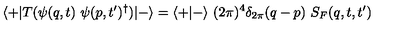
\langle + \vert T ( \psi ( q , t ) \ \psi ( p , t ^ { \prime } ) ^ { \dagger } ) \vert - \rangle = \langle + \vert - \rangle \ ( 2 \pi ) ^ { 4 } \delta _ { 2 \pi } ( q - p ) \ S _ { F } ( q , t , t ^ { \prime } )